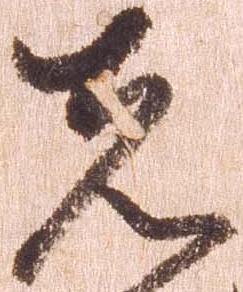
先